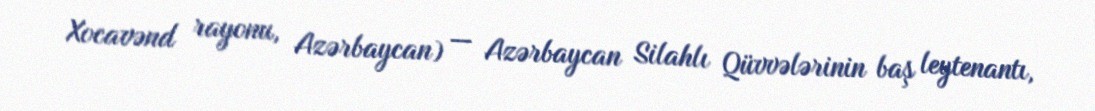
Xocavənd rayonu, Azərbaycan) — Azərbaycan Silahlı Qüvvələrinin baş leytenantı,